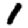
Digit: 1